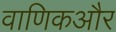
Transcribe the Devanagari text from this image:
वाणिकऔर